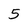
Character: 5